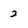
Character: 2